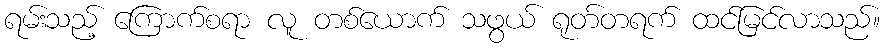
ရမ်းသည့် ကြောက်စရာ လူ တစ်ယောက် သဖွယ် ရုတ်တရက် ထင်မြင်လာသည်။